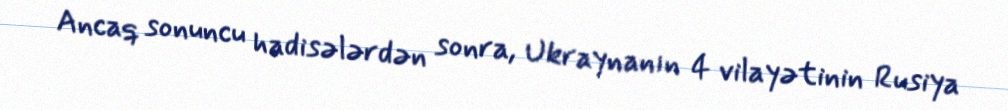
Ancaq sonuncu hadisələrdən sonra, Ukraynanın 4 vilayətinin Rusiya